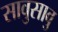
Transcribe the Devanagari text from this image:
सावुसावु